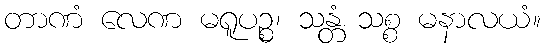
တာဏံ လေဏ မရူပဉ္စ၊ သန္တံ သစ္စ မနာလယံ။